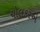
ચોલકરએ